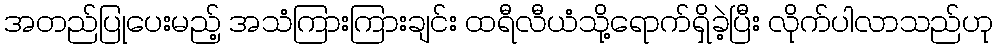
အတည်ပြုပေးမည့် အသံကြားကြားချင်း ထရီလီယံသို့ရောက်ရှိခဲ့ပြီး လိုက်ပါလာသည်ဟု